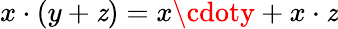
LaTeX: x\cdot(y+\mathit{z})=x\cdoty+x\cdot\mathit{z}